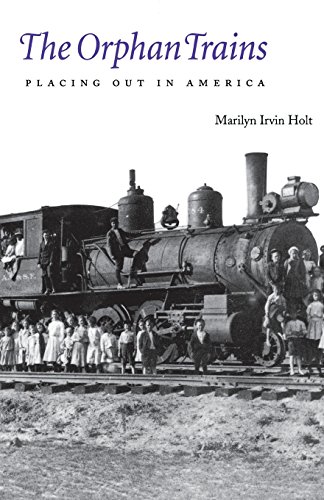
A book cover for The Orphan Trains: Placing Out in America (Bison Book); Marilyn Irvin Holt; Parenting & Relationships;